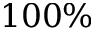
1 0 0 \%